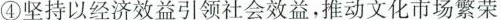
④坚持以经济效益引领社会效益，推动文化市场繁荣